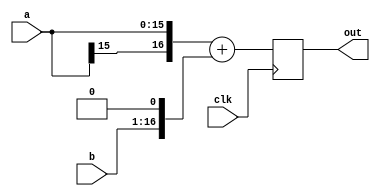
// baeckler - 01-02-2007
// a relatively fancy adder tree node

module adder_tree_node (clk,a,b,out);

parameter IN_BITS = 16;
parameter OUT_BITS = 17;
parameter SIGN_EXT = 1;
parameter REGISTER_MIDDLE = 0;  // register within adder chains
parameter REGISTER_OUTPUT = 1;	// register adder outputs
parameter B_SHIFT = 1;

// for the placement of the midway pipeline registers
localparam LS_WIDTH = OUT_BITS / 2;
localparam MS_WIDTH = OUT_BITS - LS_WIDTH;

input clk;
input [IN_BITS-1:0] a,b;
output [OUT_BITS-1:0] out;

// sign extension
wire [OUT_BITS-1:0] a_ext,b_ext;
generate
	if (SIGN_EXT) begin
		assign a_ext = {{(OUT_BITS-IN_BITS){a[IN_BITS-1]}},a};
		assign b_ext = {{(OUT_BITS-IN_BITS){b[IN_BITS-1]}},b};
	end
	else begin
		assign a_ext = {{(OUT_BITS-IN_BITS){1'b0}},a};
		assign b_ext = {{(OUT_BITS-IN_BITS){1'b0}},b};
	end
endgenerate

// offset B
wire [OUT_BITS-1:0] b_ext_shft;
assign b_ext_shft = b_ext << B_SHIFT;

// addition
wire [OUT_BITS-1:0] sum;
generate
	if (REGISTER_MIDDLE) begin

		// pipeline in the middle of the adder chain
		reg [LS_WIDTH-1+1:0] ls_adder;
		wire cross_carry = ls_adder[LS_WIDTH];
		always @(posedge clk) begin
			ls_adder <= {1'b0,a_ext[LS_WIDTH-1:0]} + {1'b0,b_ext_shft[LS_WIDTH-1:0]};
		end

		reg [MS_WIDTH-1:0] ms_data_a,ms_data_b;
		always @(posedge clk) begin
			ms_data_a <= a_ext[OUT_BITS-1:OUT_BITS-MS_WIDTH];
			ms_data_b <= b_ext_shft[OUT_BITS-1:OUT_BITS-MS_WIDTH];
		end

		wire [MS_WIDTH-1+1:0] ms_adder;
		assign ms_adder = {ms_data_a,cross_carry} + 
				{ms_data_b,cross_carry};

		assign sum = {ms_adder[MS_WIDTH:1],ls_adder[LS_WIDTH-1:0]};
	end
	else begin
		// simple addition
		assign sum = a_ext + b_ext_shft;
	end
endgenerate

// optional output register
reg [OUT_BITS-1:0] out;
generate 
	if (REGISTER_OUTPUT) begin
		always @(posedge clk) begin
			out <= sum;	
		end
	end
	else begin
		always @(*) begin
			out = sum;	
		end	
	end
endgenerate

endmodule